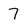
Character: 7